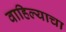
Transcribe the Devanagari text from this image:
वाहिल्याचा